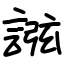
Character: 誸